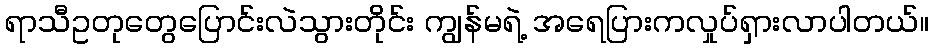
ရာသီဥတုတွေပြောင်းလဲသွားတိုင်း ကျွန်မရဲ့ အရေပြားကလှုပ်ရှားလာပါတယ်။